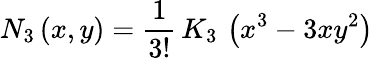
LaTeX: N_{3}\left(x,y\right)=\frac{1}{3!}\, K_{3}\, \left(x^{3}-3xy^{2}\right)